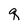
Character: q